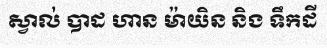
ស្វាល់ បាដ ហាន ម៉ាយិន និង ទឹកដី